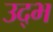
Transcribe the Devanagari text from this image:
उद्भ